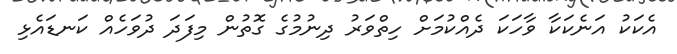
އެކަކު އަނެކަކާ ވާހަކަ ދެއްކުމަށް ހިތްވަރު ދިނުމުގެ ގޮތުން މިފަދަ ދުވަހެއް ކަނޑައެޅި